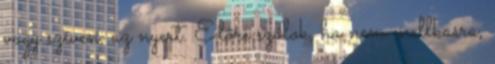
vagy szíven, az nyert. Előre szólok, ha nem mellkasra,